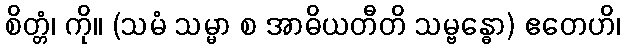
စိတ္တံ၊ ကို။ (သမံ သမ္မာ စ အာဓိယတီတိ သမ္ဗန္ဓော) ဧတေဟိ၊